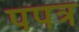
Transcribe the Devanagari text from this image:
पपत्र